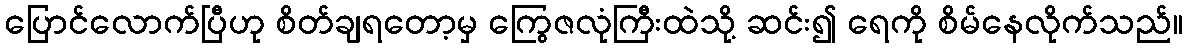
ပြောင်လောက်ပြီဟု စိတ်ချရတော့မှ ကြွေဇလုံကြီးထဲသို့ ဆင်း၍ ရေကို စိမ်နေလိုက်သည်။